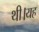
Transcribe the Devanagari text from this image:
थी।यह